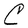
Character: C